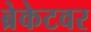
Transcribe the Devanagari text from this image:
ब्रेकेटवर